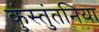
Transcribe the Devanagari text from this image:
कुंस्तुंतनिया